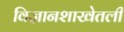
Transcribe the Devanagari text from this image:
विज्ञानशाखेतली